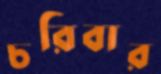
চরিবার